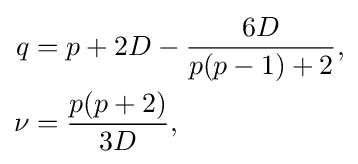
{\begin{aligned}q&=p+2D-{\frac {6D}{p(p-1)+2}},\\\nu &={\frac {p(p+2)}{3D}},\\\end{aligned}}